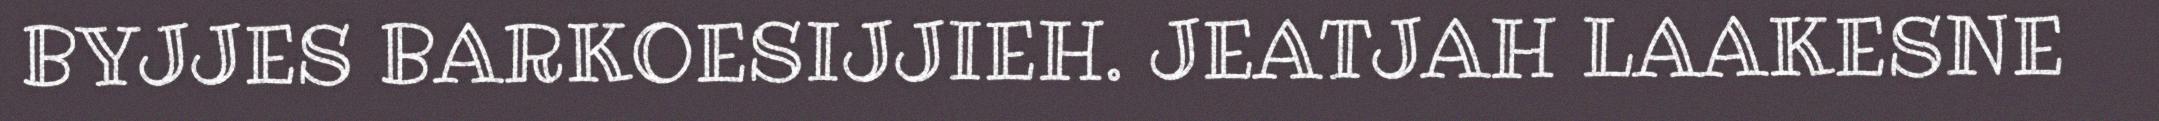
BYJJES BARKOESIJJIEH. JEATJAH LAAKESNE